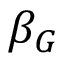
\beta _ { G }